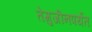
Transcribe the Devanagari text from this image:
तेमुजीनपर्यंत